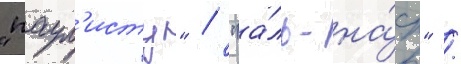
"паул'исту" / "а́ль-на́ср" /